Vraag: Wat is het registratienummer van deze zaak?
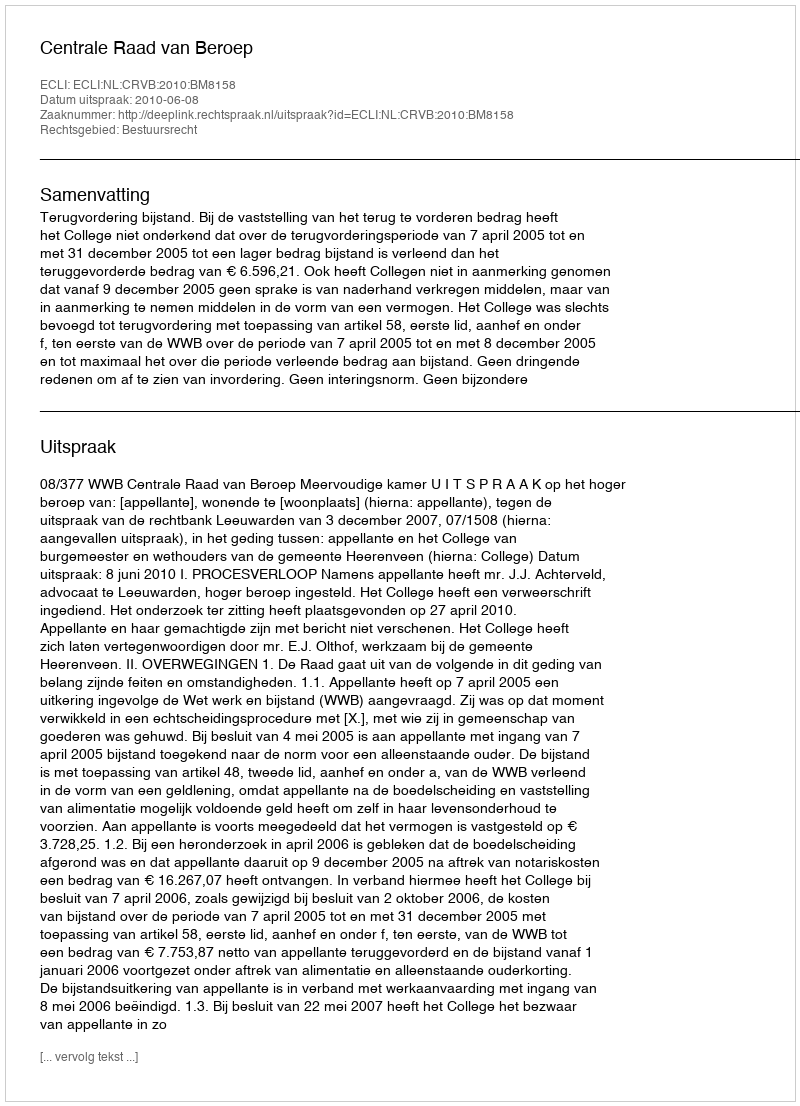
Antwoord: http://deeplink.rechtspraak.nl/uitspraak?id=ECLI:NL:CRVB:2010:BM8158